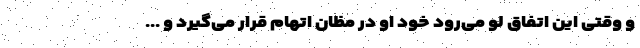
و وقتی این اتفاق لو می‌رود خود او در مظان اتهام قرار می‌گیرد و ...